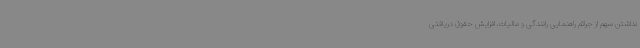
نداشتن سهم از جرائم راهنمایی رانندگی و مالیات، افزایش حقوق دریافتی